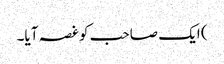
) ایک صاحب کو غصہ آیا۔